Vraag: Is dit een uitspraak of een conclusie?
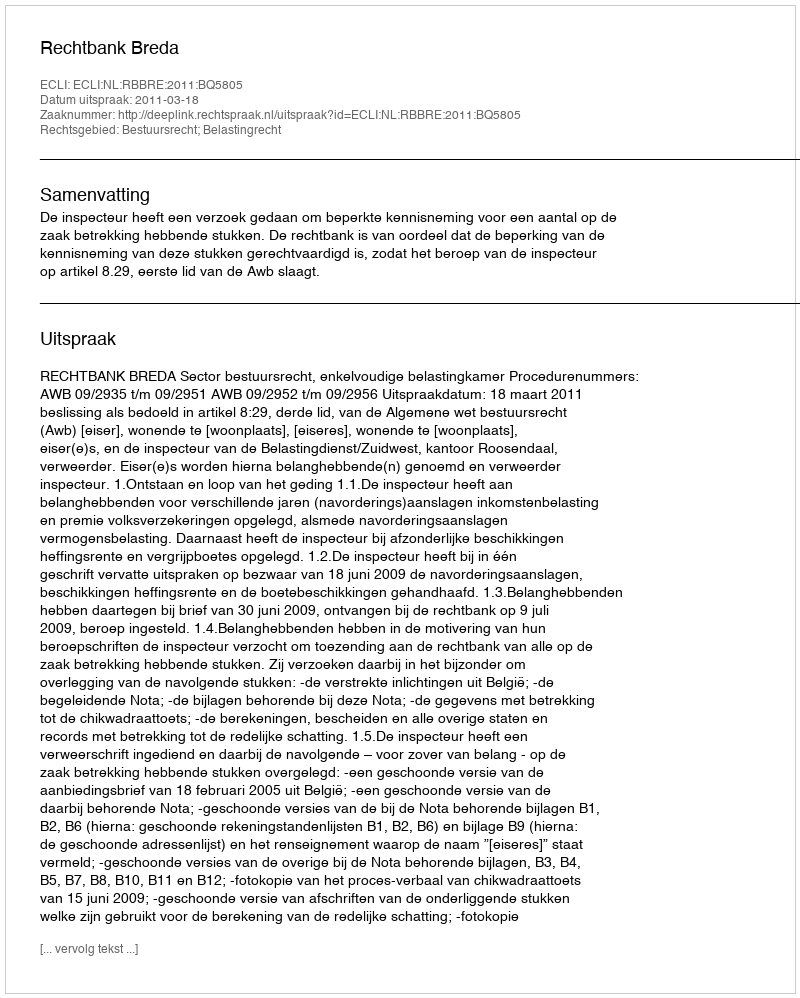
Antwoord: Uitspraak